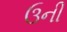
ઉની